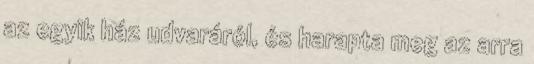
az egyik ház udvaráról, és harapta meg az arra